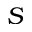
S